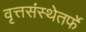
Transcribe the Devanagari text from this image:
वृत्तसंस्थेतर्फे